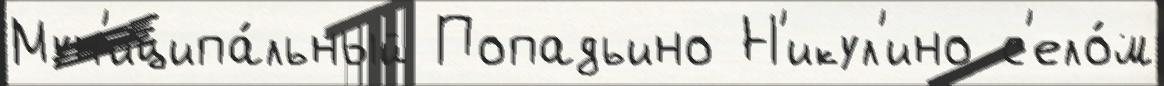
Мун'иципа́льный Попадьино Н'икул'ино с'ело́м